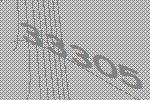
33305